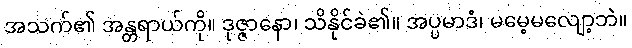
အသက်၏ အန္တရာယ်ကို။ ဒုဇ္ဇာနော၊ သိနိုင်ခဲ၏။ အပ္ပမာဒံ၊ မမေ့မလျော့ဘဲ။